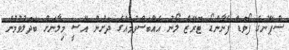
ސްޕޭނުގެ ފޯވަޑް ފެނާންޑޯ ޓޮރޭޒް ލޯނު އެއްބަސްވުމެއްގެ ދަށުން އޭސީ މިލާނަށް ބަދަލުވުމުން